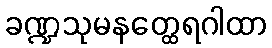
ခဏ္ဍသုမနတ္ထေရဂါထာ